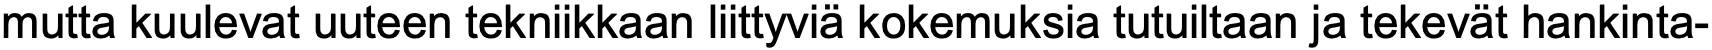
mutta kuulevat uuteen tekniikkaan liittyviä kokemuksia tutuiltaan ja tekevät hankinta-